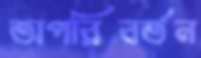
অপরিবর্তন